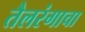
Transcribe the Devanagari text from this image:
तैलरंगाचा